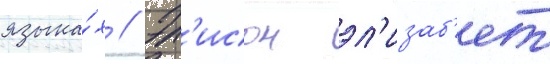
языка́х // Эл'исон эл'изаб'ет